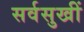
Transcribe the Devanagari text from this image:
सर्वसुखीं